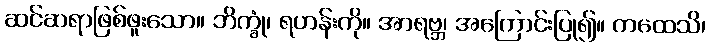
ဆင်ဆရာဖြစ်ဖူးသော။ ဘိက္ခုံ၊ ရဟန်းကို။ အာရဗ္ဘ၊ အကြောင်းပြု၍။ ကထေသိ၊